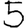
Digit: 5